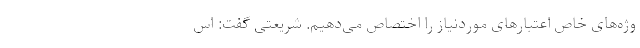
وژه‌های خاص اعتبار‌های موردنیاز را اختصاص می‌دهیم. شریعتی گفت: اس